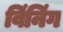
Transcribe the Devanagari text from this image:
विंनिंग